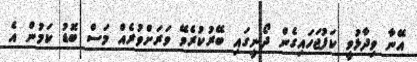
އޭނާ ވިދާޅުވީ ކަފުޖަހައިގެން ދޯނީގައި ބޭރުކުރެވޭ ވަރަށްވުރެއް މަސް ބޮޑު ކަމުން އެ